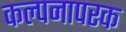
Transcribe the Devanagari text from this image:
कल्पनापरक